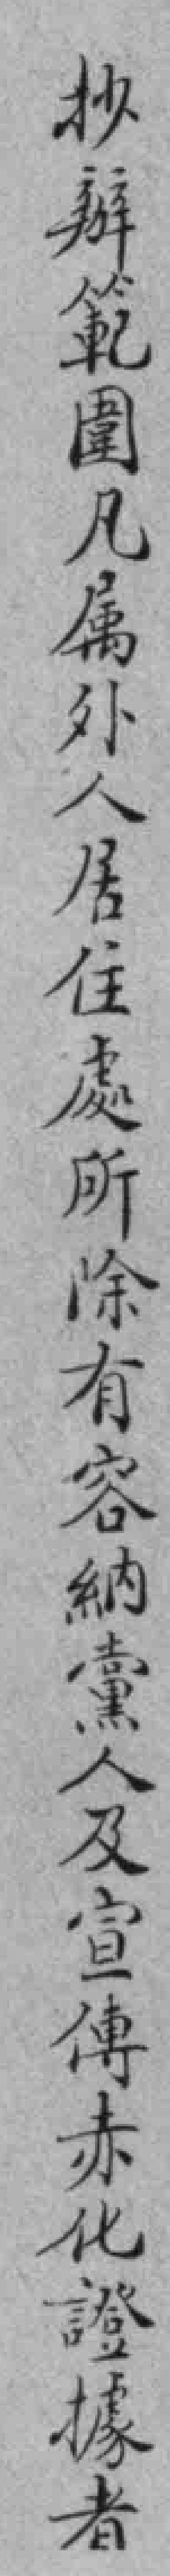
抄辦範圍凡属外人居住處所除有容納黨人及宣傳赤化證據者